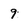
Character: 9